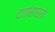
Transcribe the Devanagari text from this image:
दातांसारखे